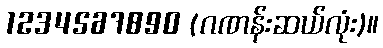
1234567890 (ဂဏန်းဆယ်လုံး)။